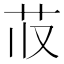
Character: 𬜤